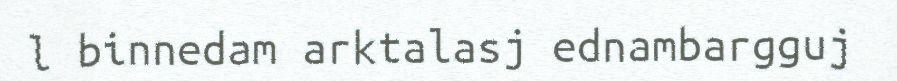
l binnedam arktalasj ednambargguj